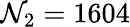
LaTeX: \mathcal{N}_{2}=1604